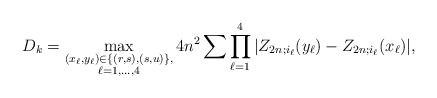
\begin{align*} D_k = \max_{\substack{(x_\ell,y_\ell) \in \{ (r,s), (s,u) \}, \\ \ell= 1, \dots, 4}} 4n^2 \sum \prod_{\ell = 1}^4 | Z_{2n;i_\ell}(y_\ell) - Z_{2n;i_\ell}(x_\ell) |, \end{align*}